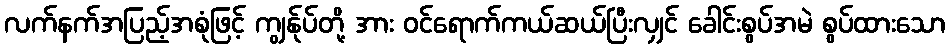
လက်နက်အပြည့်အစုံဖြင့် ကျွန်ုပ်တို့ အား ဝင်ရောက်ကယ်ဆယ်ပြီးလျှင် ခေါင်းစွပ်အမဲ စွပ်ထားသော